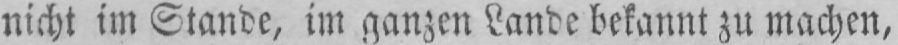
nicht im Stande, im ganzen Lande bekannt zu machen,